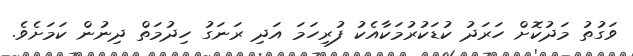
ވަގުތު މަދުކޮށް ހަރަދު ކުޑަކުރުމަކާއެކު ފުރިހަމަ އަދި ރަނަގު ހިދުމަތް ދިނުން ކަމަށެވެ.